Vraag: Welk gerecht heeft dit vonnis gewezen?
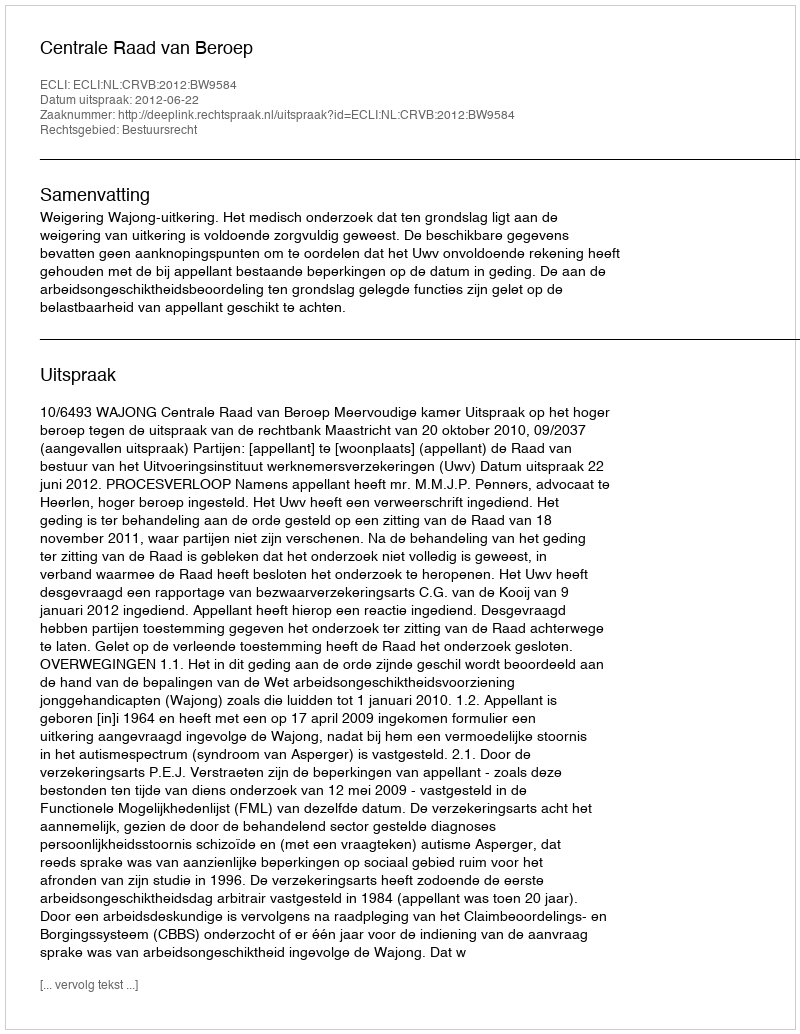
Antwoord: Centrale Raad van Beroep